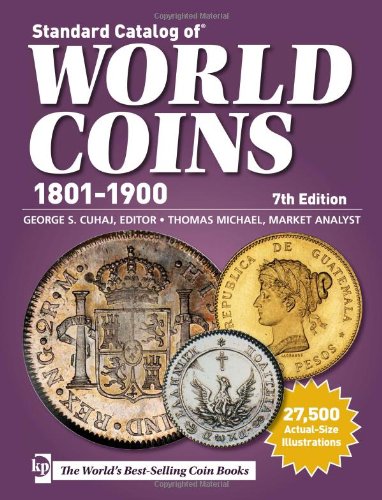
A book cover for Standard Catalog of World Coins - 1801-1900; Crafts, Hobbies & Home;